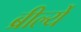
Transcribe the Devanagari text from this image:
ब्रीर्ल्ये